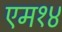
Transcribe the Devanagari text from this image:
एम१४